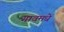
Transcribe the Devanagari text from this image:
गावमधे